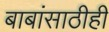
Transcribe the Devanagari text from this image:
बाबांसाठीही